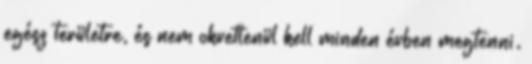
egész területre, és nem okvetlenül kell minden évben megtenni.